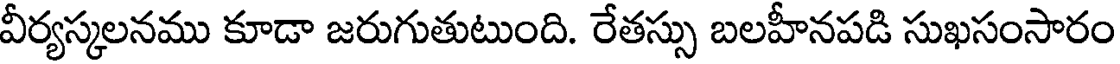
వీర్యస్కలనము కూడా జరుగుతుటుంది. రేతస్సు బలహీనపడి సుఖసంసారం